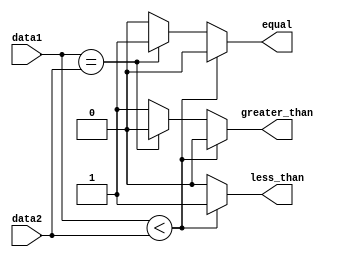
module Serial_Comparator (
    input [7:0] data1,
    input [7:0] data2,
    output reg less_than,
    output reg equal,
    output reg greater_than
);

always @* begin
    if (data1 < data2) begin
        less_than = 1;
        equal = 0;
        greater_than = 0;
    end else if (data1 == data2) begin
        less_than = 0;
        equal = 1;
        greater_than = 0;
    end else begin
        less_than = 0;
        equal = 0;
        greater_than = 1;
    end
end

endmodule